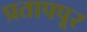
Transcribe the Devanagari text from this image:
प्रतापपूर